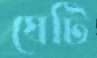
ঘেটি